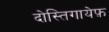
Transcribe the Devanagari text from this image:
दोस्तिगायेफ़